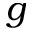
g